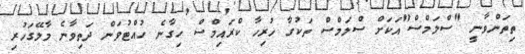
ތިތަންވާނީ "ސްލަމްސް"އަކަށް ސްލަމްސް ތަކުގާ ހުރިހާ ކްރައިމްސް ހިގާނެ ހުއްޓުވަން ދަތިވާނެ މާލޭގަހުރި